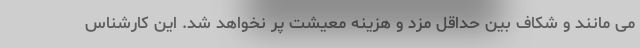
می مانند و شکاف بین حداقل مزد و هزینه معیشت پر نخواهد شد. این کارشناس